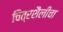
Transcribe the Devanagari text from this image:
चित्रशैलींचा